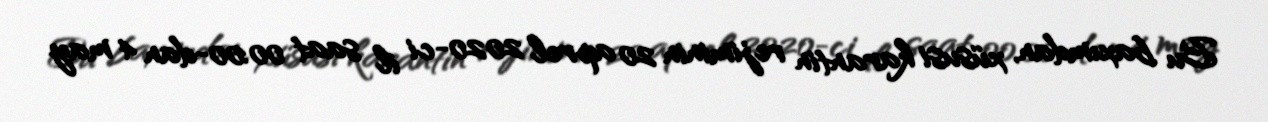
Bu baxımdan, xüsusi karantin rejiminin 20 aprel 2020-ci il saat 00:00-dan 4 may